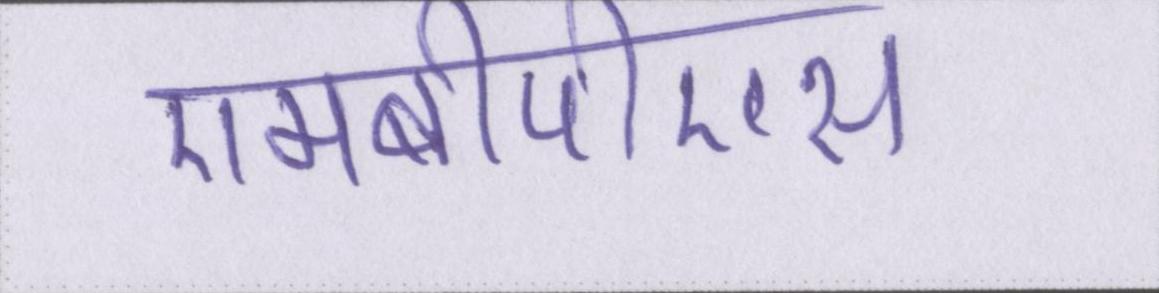
एमबीपीएस